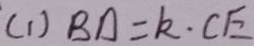
( 1 ) B D = k \cdot C E